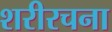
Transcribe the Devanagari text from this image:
शरीरचना